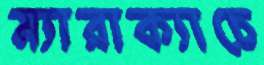
ম্যারাক্যাচে